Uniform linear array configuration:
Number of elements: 32
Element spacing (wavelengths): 0.5
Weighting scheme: blackman
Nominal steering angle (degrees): -15
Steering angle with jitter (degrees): -16.01
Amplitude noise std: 0.05
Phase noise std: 0.05

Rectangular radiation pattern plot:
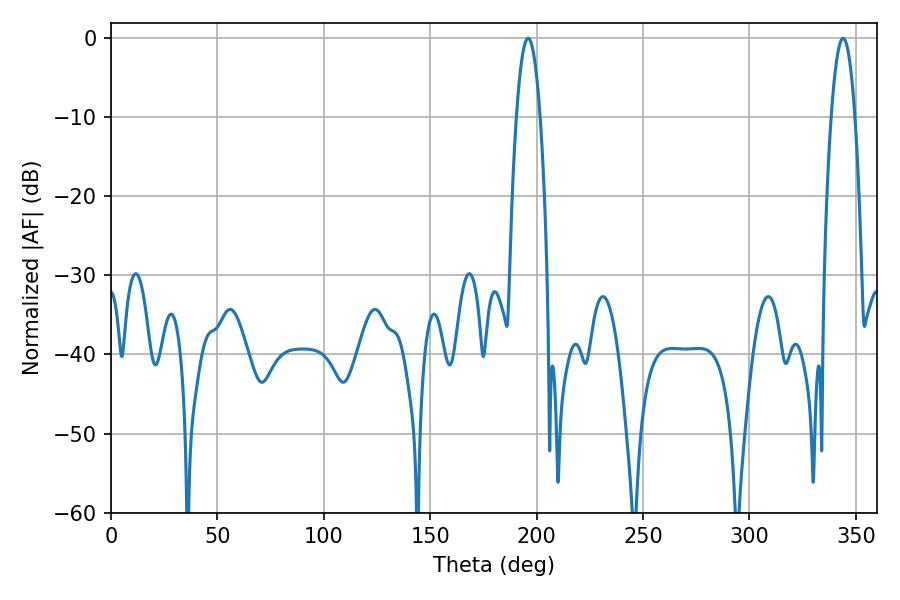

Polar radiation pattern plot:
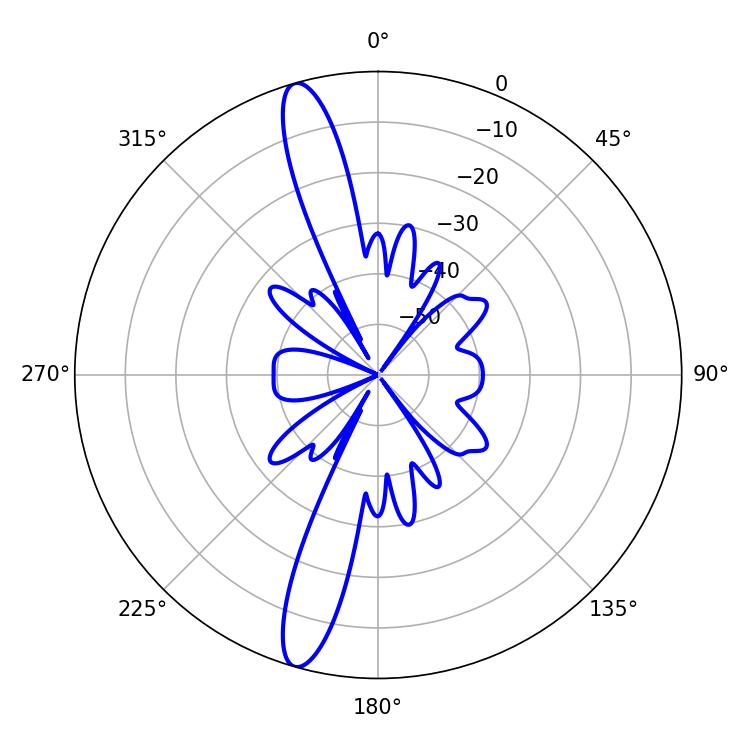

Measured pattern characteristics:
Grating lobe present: FALSE
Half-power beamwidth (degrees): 6.12
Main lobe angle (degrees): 196.02